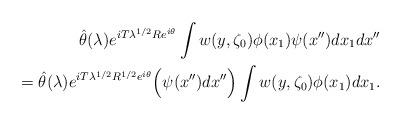
LaTeX: \begin{align*}{\hat\theta}(\lambda)e^{iT\lambda^{1/2}Re^{i\theta}}\int w(y,\zeta_0)\phi(x_1)\psi(x'')dx_1dx''\\={\hat\theta}(\lambda)e^{iT\lambda^{1/2}R^{1/2}e^{i\theta}}\Big(\psi(x'')dx''\Big)\int w(y,\zeta_0)\phi(x_1)dx_1.\end{align*}